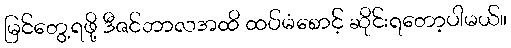
မြင်တွေ့ရဖို့ ဒီဇင်ဘာလအထိ ထပ်မံစောင့် ဆိုင်းရတော့ပါမယ်။